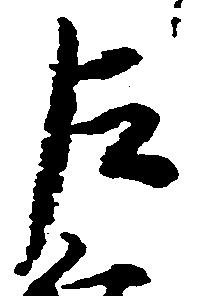
左